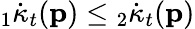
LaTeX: {}_{1}\dot{\kappa}_{t}(\mathbf{p})\leq{}_{2}\dot{\kappa}_{t}(\mathbf{p})